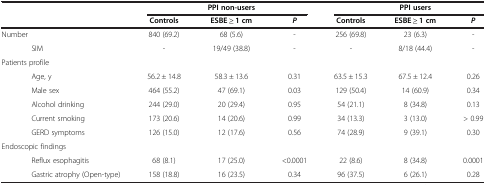
| <COLSPAN=2>  | <COLSPAN=3> PPI non-users | <COLSPAN=3> PPI users |
 | <COLSPAN=2>  | Controls | ESBE ≥ 1 cm | P | Controls | ESBE ≥ 1 cm | P |
 | --- | --- | --- | --- | --- | --- | --- | --- |
 | <COLSPAN=2> Number | 840 (69.2) | 68 (5.6) | - | 256 (69.8) | 23 (6.3) | - |
 |  | SIM | - | 19/49 (38.8) | - | - | 8/18 (44.4) | - |
 | <COLSPAN=2> Patients profile |  |  |  |  |  |  |
 |  | Age, y | 56.2 ± 14.8 | 58.3 ± 13.6 | 0.31 | 63.5 ± 15.3 | 67.5 ± 12.4 | 0.26 |
 |  | Male sex | 464 (55.2) | 47 (69.1) | 0.03 | 129 (50.4) | 14 (60.9) | 0.34 |
 |  | Alcohol drinking | 244 (29.0) | 20 (29.4) | 0.95 | 54 (21.1) | 8 (34.8) | 0.13 |
 |  | Current smoking | 173 (20.6) | 14 (20.6) | 0.99 | 34 (13.3) | 3 (13.0) | > 0.99 |
 |  | GERD symptoms | 126 (15.0) | 12 (17.6) | 0.56 | 74 (28.9) | 9 (39.1) | 0.30 |
 | <COLSPAN=2> Endoscopic findings |  |  |  |  |  |  |
 |  | Reflux esophagitis | 68 (8.1) | 17 (25.0) | <0.0001 | 22 (8.6) | 8 (34.8) | 0.0001 |
 |  | Gastric atrophy (Open-type) | 158 (18.8) | 16 (23.5) | 0.34 | 96 (37.5) | 6 (26.1) | 0.28 |